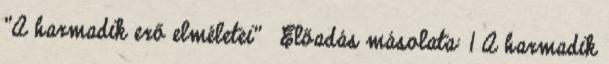
"A harmadik erő elméletei"— Előadás másolata: 1 A harmadik